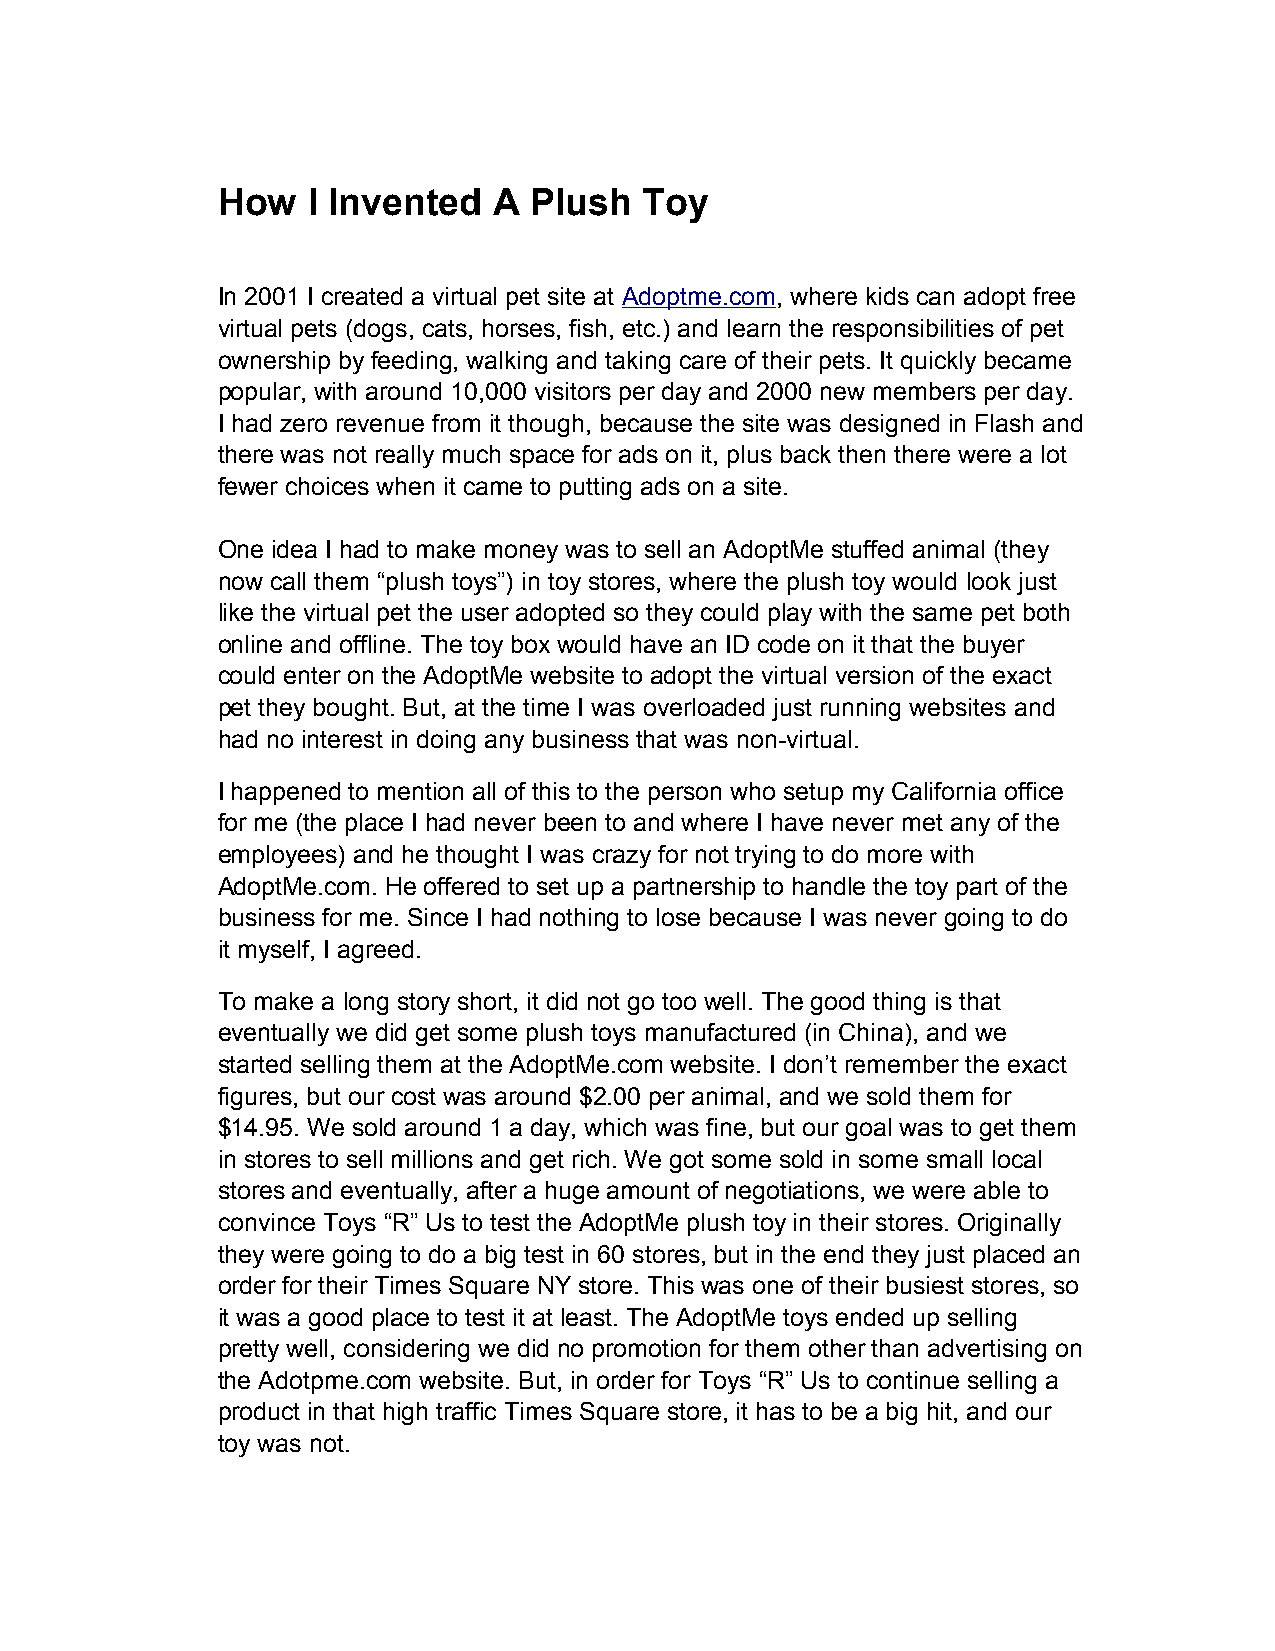
How   I Invented   A Plush   Toy
 In 2001 I created a virtual pet site at Adoptme.com, where kids can adopt free
 virtual pets (dogs, cats, horses, fish, etc.) and learn the responsibilities of pet
 ownership by feeding, walking and taking care of their pets. It quickly became
 popular, with around 10,000 visitors per day and 2000 new members per day.
 I had zero revenue from it though, because the site was designed in Flash and
 there was not really much space for ads on it, plus back then there were a lot
 fewer choices when it came to putting ads on a site.
 One idea I had to make money was to sell an AdoptMe stuffed animal (they
 now call them “plush toys”) in toy stores, where the plush toy would look just
 like the virtual pet the user adopted so they could play with the same pet both
 online and offline. The toy box would have an ID code on it that the buyer
 could enter on the AdoptMe website to adopt the virtual version of the exact
 pet they bought. But, at the time I was overloaded just running websites and
 had no interest in doing any business that was non-virtual.
 I happened to mention all of this to the person who setup my California office
 for me (the place I had never been to and where I have never met any of the
 employees) and he thought I was crazy for not trying to do more with
 AdoptMe.com. He offered to set up a partnership to handle the toy part of the
 business for me. Since I had nothing to lose because I was never going to do
 it myself, I agreed.
 To make a long story short, it did not go too well. The good thing is that
 eventually we did get some plush toys manufactured (in China), and we
 started selling them at the AdoptMe.com website. I don’t remember the exact
 figures, but our cost was around $2.00 per animal, and we sold them for
 $14.95. We sold around 1 a day, which was fine, but our goal was to get them
 in stores to sell millions and get rich. We got some sold in some small local
 stores and eventually, after a huge amount of negotiations, we were able to
 convince Toys “R” Us to test the AdoptMe plush toy in their stores. Originally
 they were going to do a big test in 60 stores, but in the end they just placed an
 order for their Times Square NY store. This was one of their busiest stores, so
 it was a good place to test it at least. The AdoptMe toys ended up selling
 pretty well, considering we did no promotion for them other than advertising on
 the Adotpme.com website. But, in order for Toys “R” Us to continue selling a
 product in that high traffic Times Square store, it has to be a big hit, and our
 toy was not.